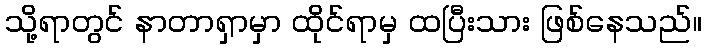
သို့ရာတွင် နာတာရှာမှာ ထိုင်ရာမှ ထပြီးသား ဖြစ်နေသည်။